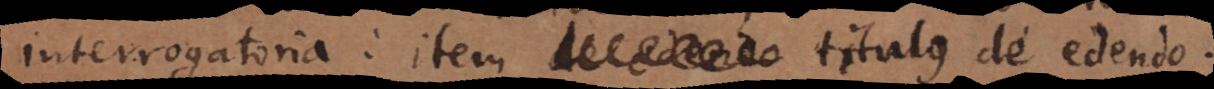
interrogatoria: item titulus de edendo.